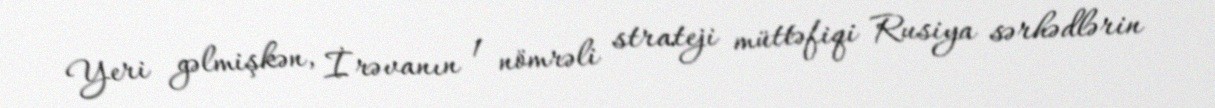
Yeri gəlmişkən, İrəvanın 1 nömrəli strateji müttəfiqi Rusiya sərhədlərin